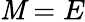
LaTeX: \mathit{M}=E